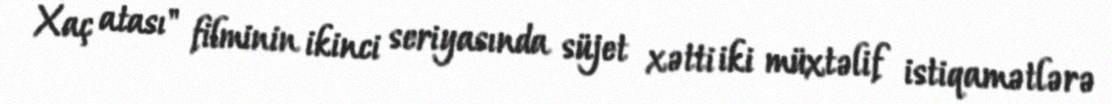
Xaç atası" filminin ikinci seriyasında süjet xətti iki müxtəlif istiqamətlərə